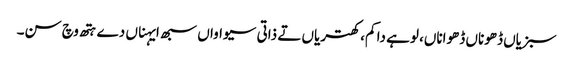
سبزیاں ڈھوناں ڈھواناں، لوہے دا کم، کھتریاں تے ذاتی سیواواں سبھ ایہناں دے ہتھ وچ سن۔